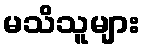
မသိသူများ